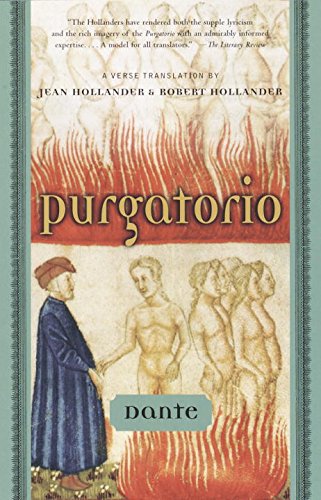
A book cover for Purgatorio; Dante; Literature & Fiction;